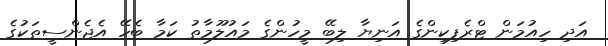
އަދި ހިއުމަން ޓްރެފިކިންގެ އަނިޔާ ލިބޭ މީހުންގެ މައުލޫމާތު ކަމާ ބެހޭ އެޖެންސީތަކުގެ